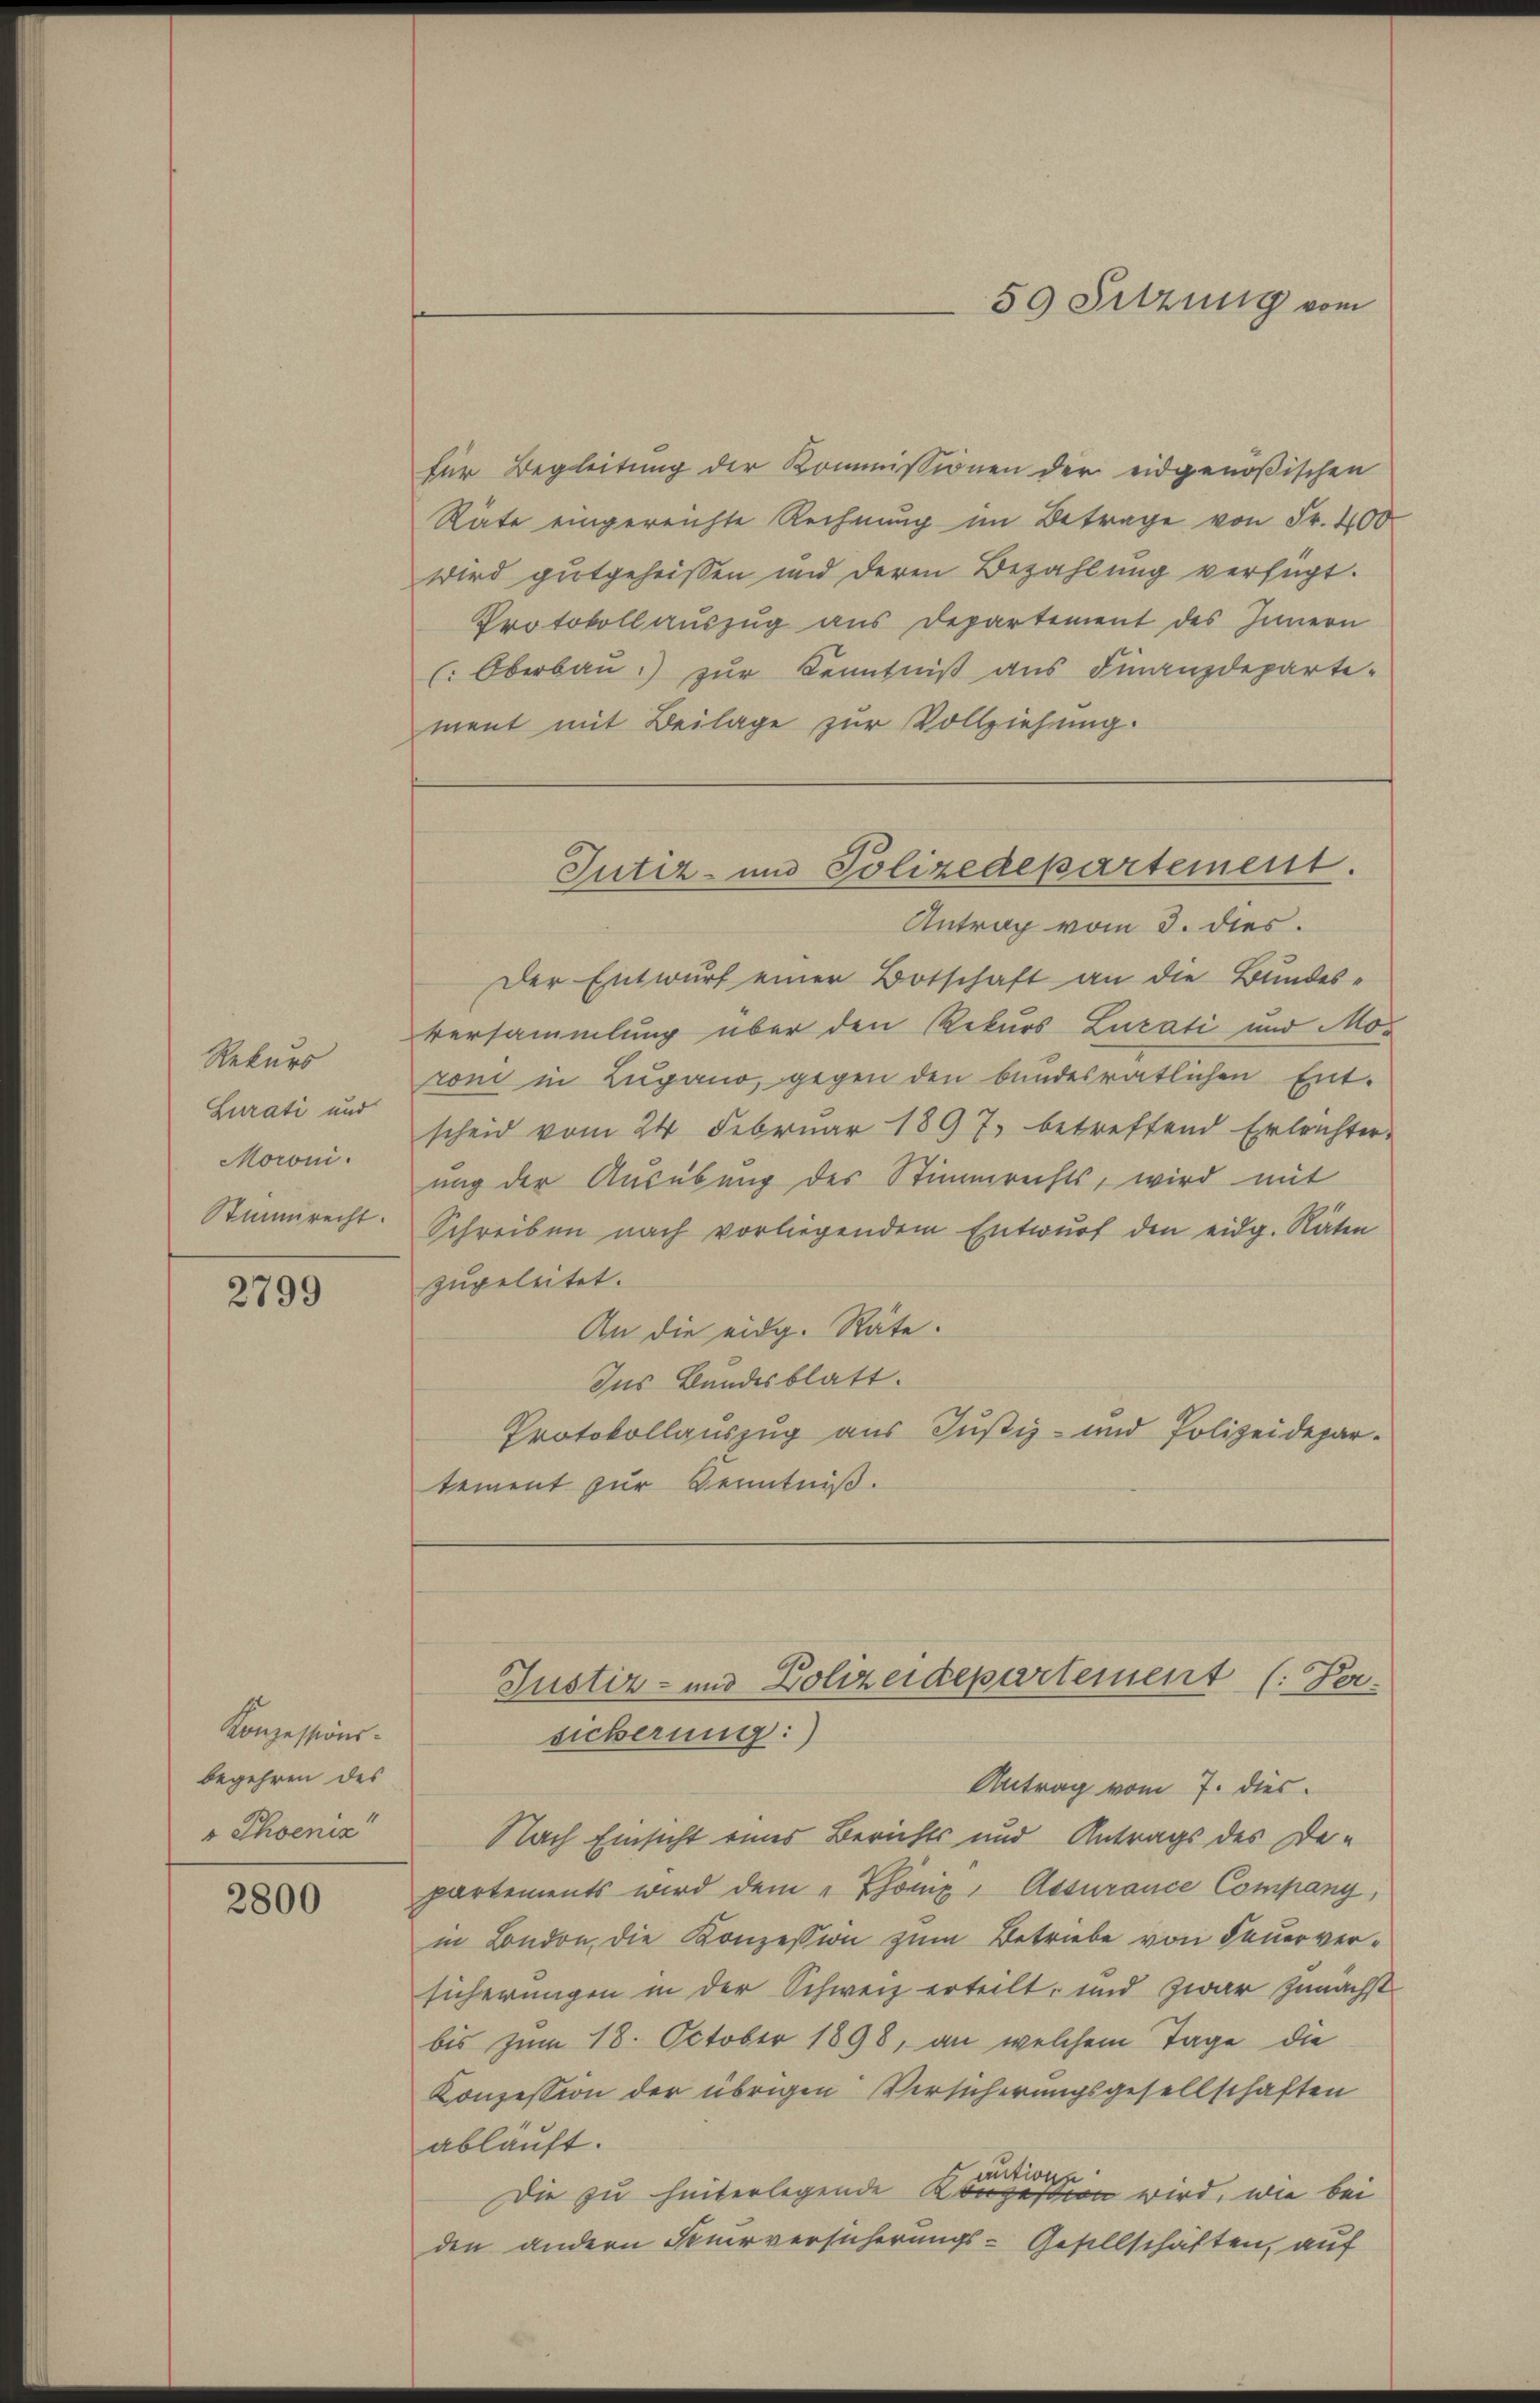
Rekurs
Lurati und
Moroni.
Stimmrecht.

2799

für Begleitung der Kommissionen der eidgenößischen
Räte eingereichte Rechnung im Betrage von Fr. 400
wird gutgeheißen und deren Bezahlung verfügt.
Protokollauszug aus Departement des Innern
(Oberbau zur Kenntniß aus Finanzdeparte-
ment mit Beilage zur Vollziehung.
Antrag vom 3. dies
Der Entwurf einer Botschaft an die Bundes-
versammlung über den Rekurs Luzati und Moroni in Lugano, gegen den bundesrätlichen Ent-
scheid vom 24. Februar 1897. betreffend Erleichter-
ung der Ausübung des Stimmrechts, wird mit
Schreiben nach vorliegendem Entwŭrf den eidg. Räten
zugeleitet.
An die eidg. Räte.
Ins Bundesblatt.
Protokollauszug aus Justiz- und Polizeidepartement zur Kenntniß.

Konzessions-
begehren des
" Phoeniz

2800

Jutiz- und Polizedepartement.

59 Sitzung vom

sicherung:
Antrag vom 7. dies
Nach Einsicht eines Berichts und Antrags des Departements wird dem „Phönix, Assurance Company,
in London, die Konzession zum Betriebe von Feuerversicherungen in der Schweiz erteilt, und zwar zunächstbis zum 18. October 1898, an welchem Tage die
Konzession der übrigen Versicherungsgesellschaften
ablauft.
autione
Die zu hinterlegende Konzession wird, wie bei
den andern Feuerversicherungs-Gesellschäften, auf

Justiz- und Zolizeidepartement (: Per-